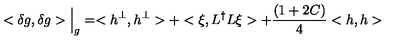
< { \delta } g , { \delta } g > \Big \vert _ { g } = < h ^ { \perp } , h ^ { \perp } > + < \xi , L ^ { \dag } L \xi > + { \frac { ( 1 + 2 C ) } { 4 } } < h , h >